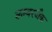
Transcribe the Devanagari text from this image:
लम्बरजैक